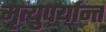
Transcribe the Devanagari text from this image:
मृत्युपर्यान्त